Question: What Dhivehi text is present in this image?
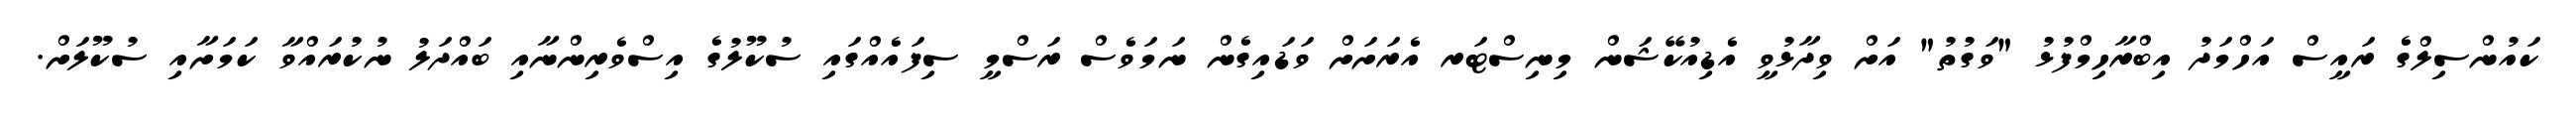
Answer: ކައުންސިލްގެ ރައީސް އަހްމަދު އިބްރާހިމްފުޅު "ވަގުތު" އަށް ވިދާޅުވީ އެޑިއުކޭޝަން މިނިސްޓަރ އެރަށަށް ވަޑައިގެން ނަމަވެސް ރަސްމީ ސިފައެއްގައި ސުކޫލުގެ އިސްވެރިންނާއި ބައްދަލު ނުކުރައްވާ ކަމަށާއި ސުކޫލަށް.